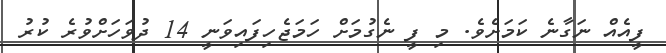
ފީއެއް ނަގާނެ ކަމަށެވެ. މި ފީ ނެގުމަށް ހަމަޖެހިފައިވަނީ 14 ދުވަހަށްވުރެ ކުރު